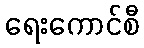
ရေးကောင်စီ